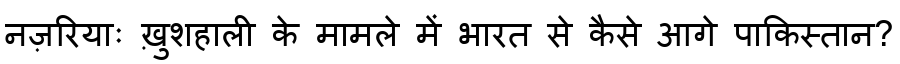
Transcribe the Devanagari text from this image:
नज़रियाः ख़ुशहाली के मामले में भारत से कैसे आगे पाकिस्तान?